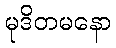
မုဒိတမနော